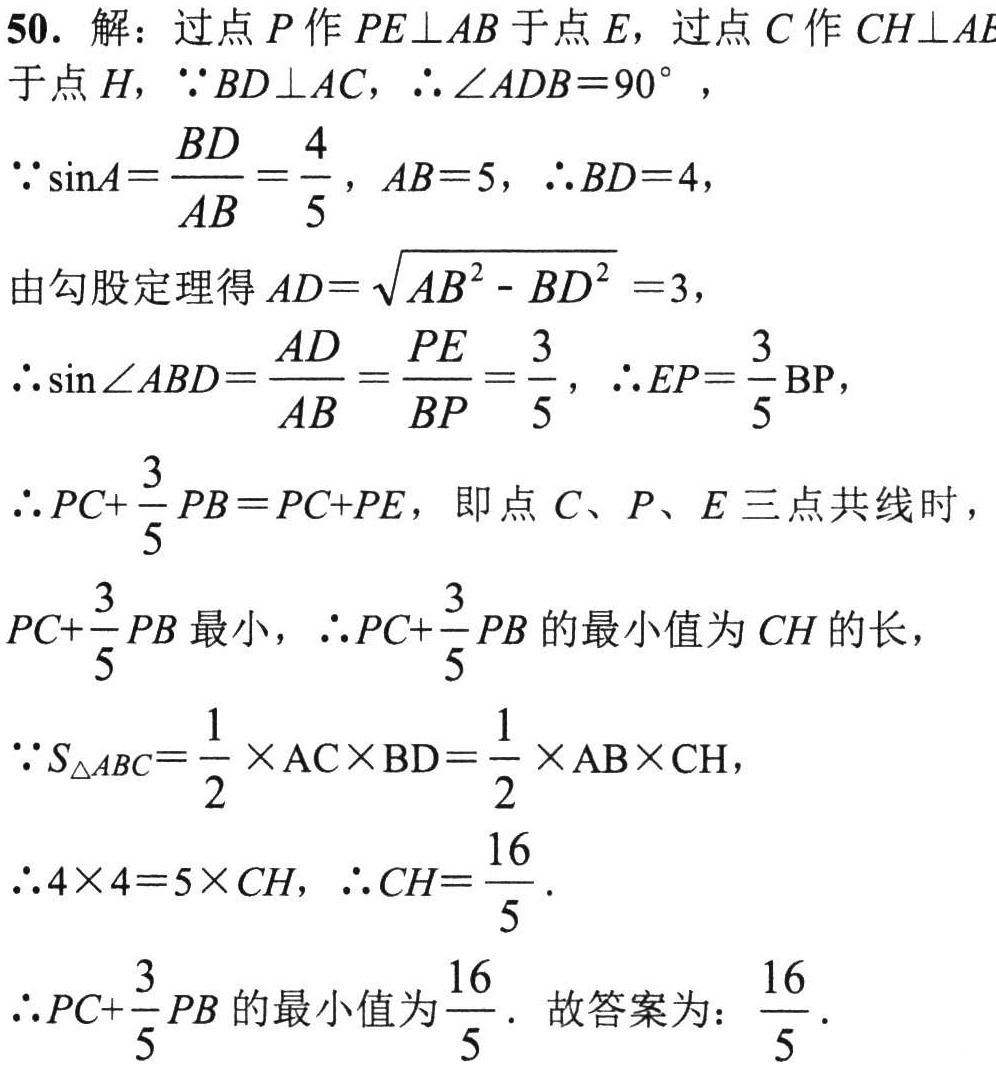
50. 解：过点\(P\)作\(PE\perp AB\)于点\(E\)，过点\(C\)作\(CH\perp AE\)
于点\(H\)，\(\because BD\perp AC\)，\(\therefore\angle ADB = 90^{\circ}\)，
\(\because\sin A=\dfrac{BD}{AB}=\dfrac{4}{5}\)，\(AB = 5\)，\(\therefore BD = 4\)，
由勾股定理得\(AD=\sqrt{AB^{2}-BD^{2}} = 3\)，
\(\because\sin\angle ABD=\dfrac{AD}{AB}=\dfrac{PE}{BP}=\dfrac{3}{5}\)，\(\therefore EP=\dfrac{3}{5}\text{BP}\)，
\(\therefore PC+\dfrac{3}{5}PB=PC + PE\)，即点\(C、P、E\)三点共线时，
\(PC+\dfrac{3}{5}PB\)最小，\(\therefore PC+\dfrac{3}{5}PB\)的最小值为\(CH\)的长，
\(\because S_{\triangle ABC}=\dfrac{1}{2}\times AC\times BD=\dfrac{1}{2}\times AB\times CH\)，
\(\therefore4\times4 = 5\times CH\)，\(\therefore CH=\dfrac{16}{5}\).
\(\therefore PC+\dfrac{3}{5}PB\)的最小值为\(\dfrac{16}{5}\). 故答案为：\(\dfrac{16}{5}\).